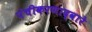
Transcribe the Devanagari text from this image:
पंचीकरणाद्वारे